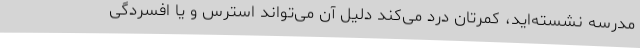
مدرسه نشسته‌اید، کمرتان درد می‌کند دلیل آن می‌تواند استرس و یا افسردگی